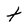
Character: t